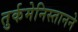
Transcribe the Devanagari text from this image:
तुर्कमेनिस्तानने